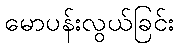
မောပန်းလွယ်ခြင်း